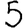
Digit: 5